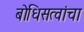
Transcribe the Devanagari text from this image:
बोधिसत्वांचा